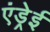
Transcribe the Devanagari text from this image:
एंड्रेई